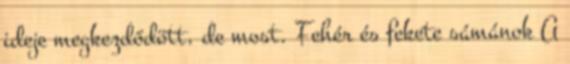
ideje megkezdődött, de most. Fehér és fekete sámánok A